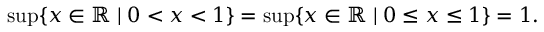
\operatorname* { s u p } \{ x \in \mathbb { R } \mid 0 < x < 1 \} = \operatorname* { s u p } \{ x \in \mathbb { R } \mid 0 \leq x \leq 1 \} = 1 .